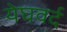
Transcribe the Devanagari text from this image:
येघवर्द